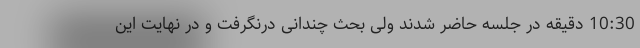
10:30 دقیقه در جلسه حاضر شدند ولی بحث چندانی درنگرفت و در نهایت این